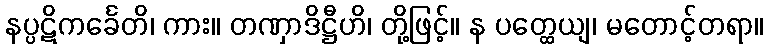
နပ္ပဋိကင်္ခေတိ၊ ကား။ တဏှာဒိဋ္ဌီဟိ၊ တို့ဖြင့်။ န ပတ္ထေယျ၊ မတောင့်တရာ။